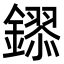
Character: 𮣎